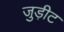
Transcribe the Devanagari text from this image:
जुड़ीट